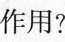
作用?